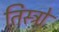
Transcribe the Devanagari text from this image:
तिस्त्रो